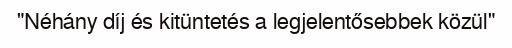
"Néhány díj és kitüntetés a legjelentősebbek közül"